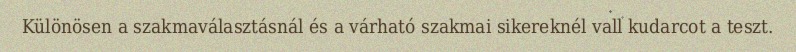
Különösen a szakmaválasztásnál és a várható szakmai sikereknél vall kudarcot a teszt.